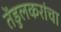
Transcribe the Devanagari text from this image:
तेंडुलकरांचा